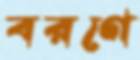
বরণে